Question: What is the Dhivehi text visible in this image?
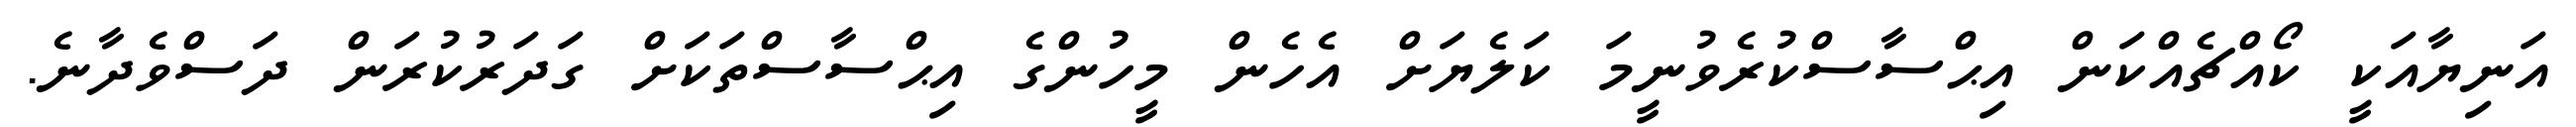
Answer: އަނިޔާއަކީ ކޯއްޗެއްކަން އިޙްސާސްކުރެވުނީމަ ކަލެޔަށް އެހެން މީހުންގެ އިޙްސާސްތަކަށް ގަދަރުކުރަން ދަސްވެދާނެ.